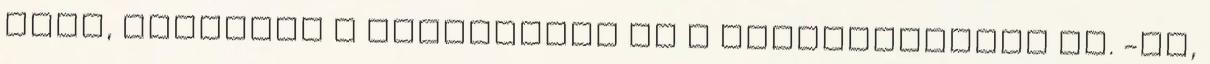
lett, ügyeltem a főfényekre és a kontrasztokra is. -Na,